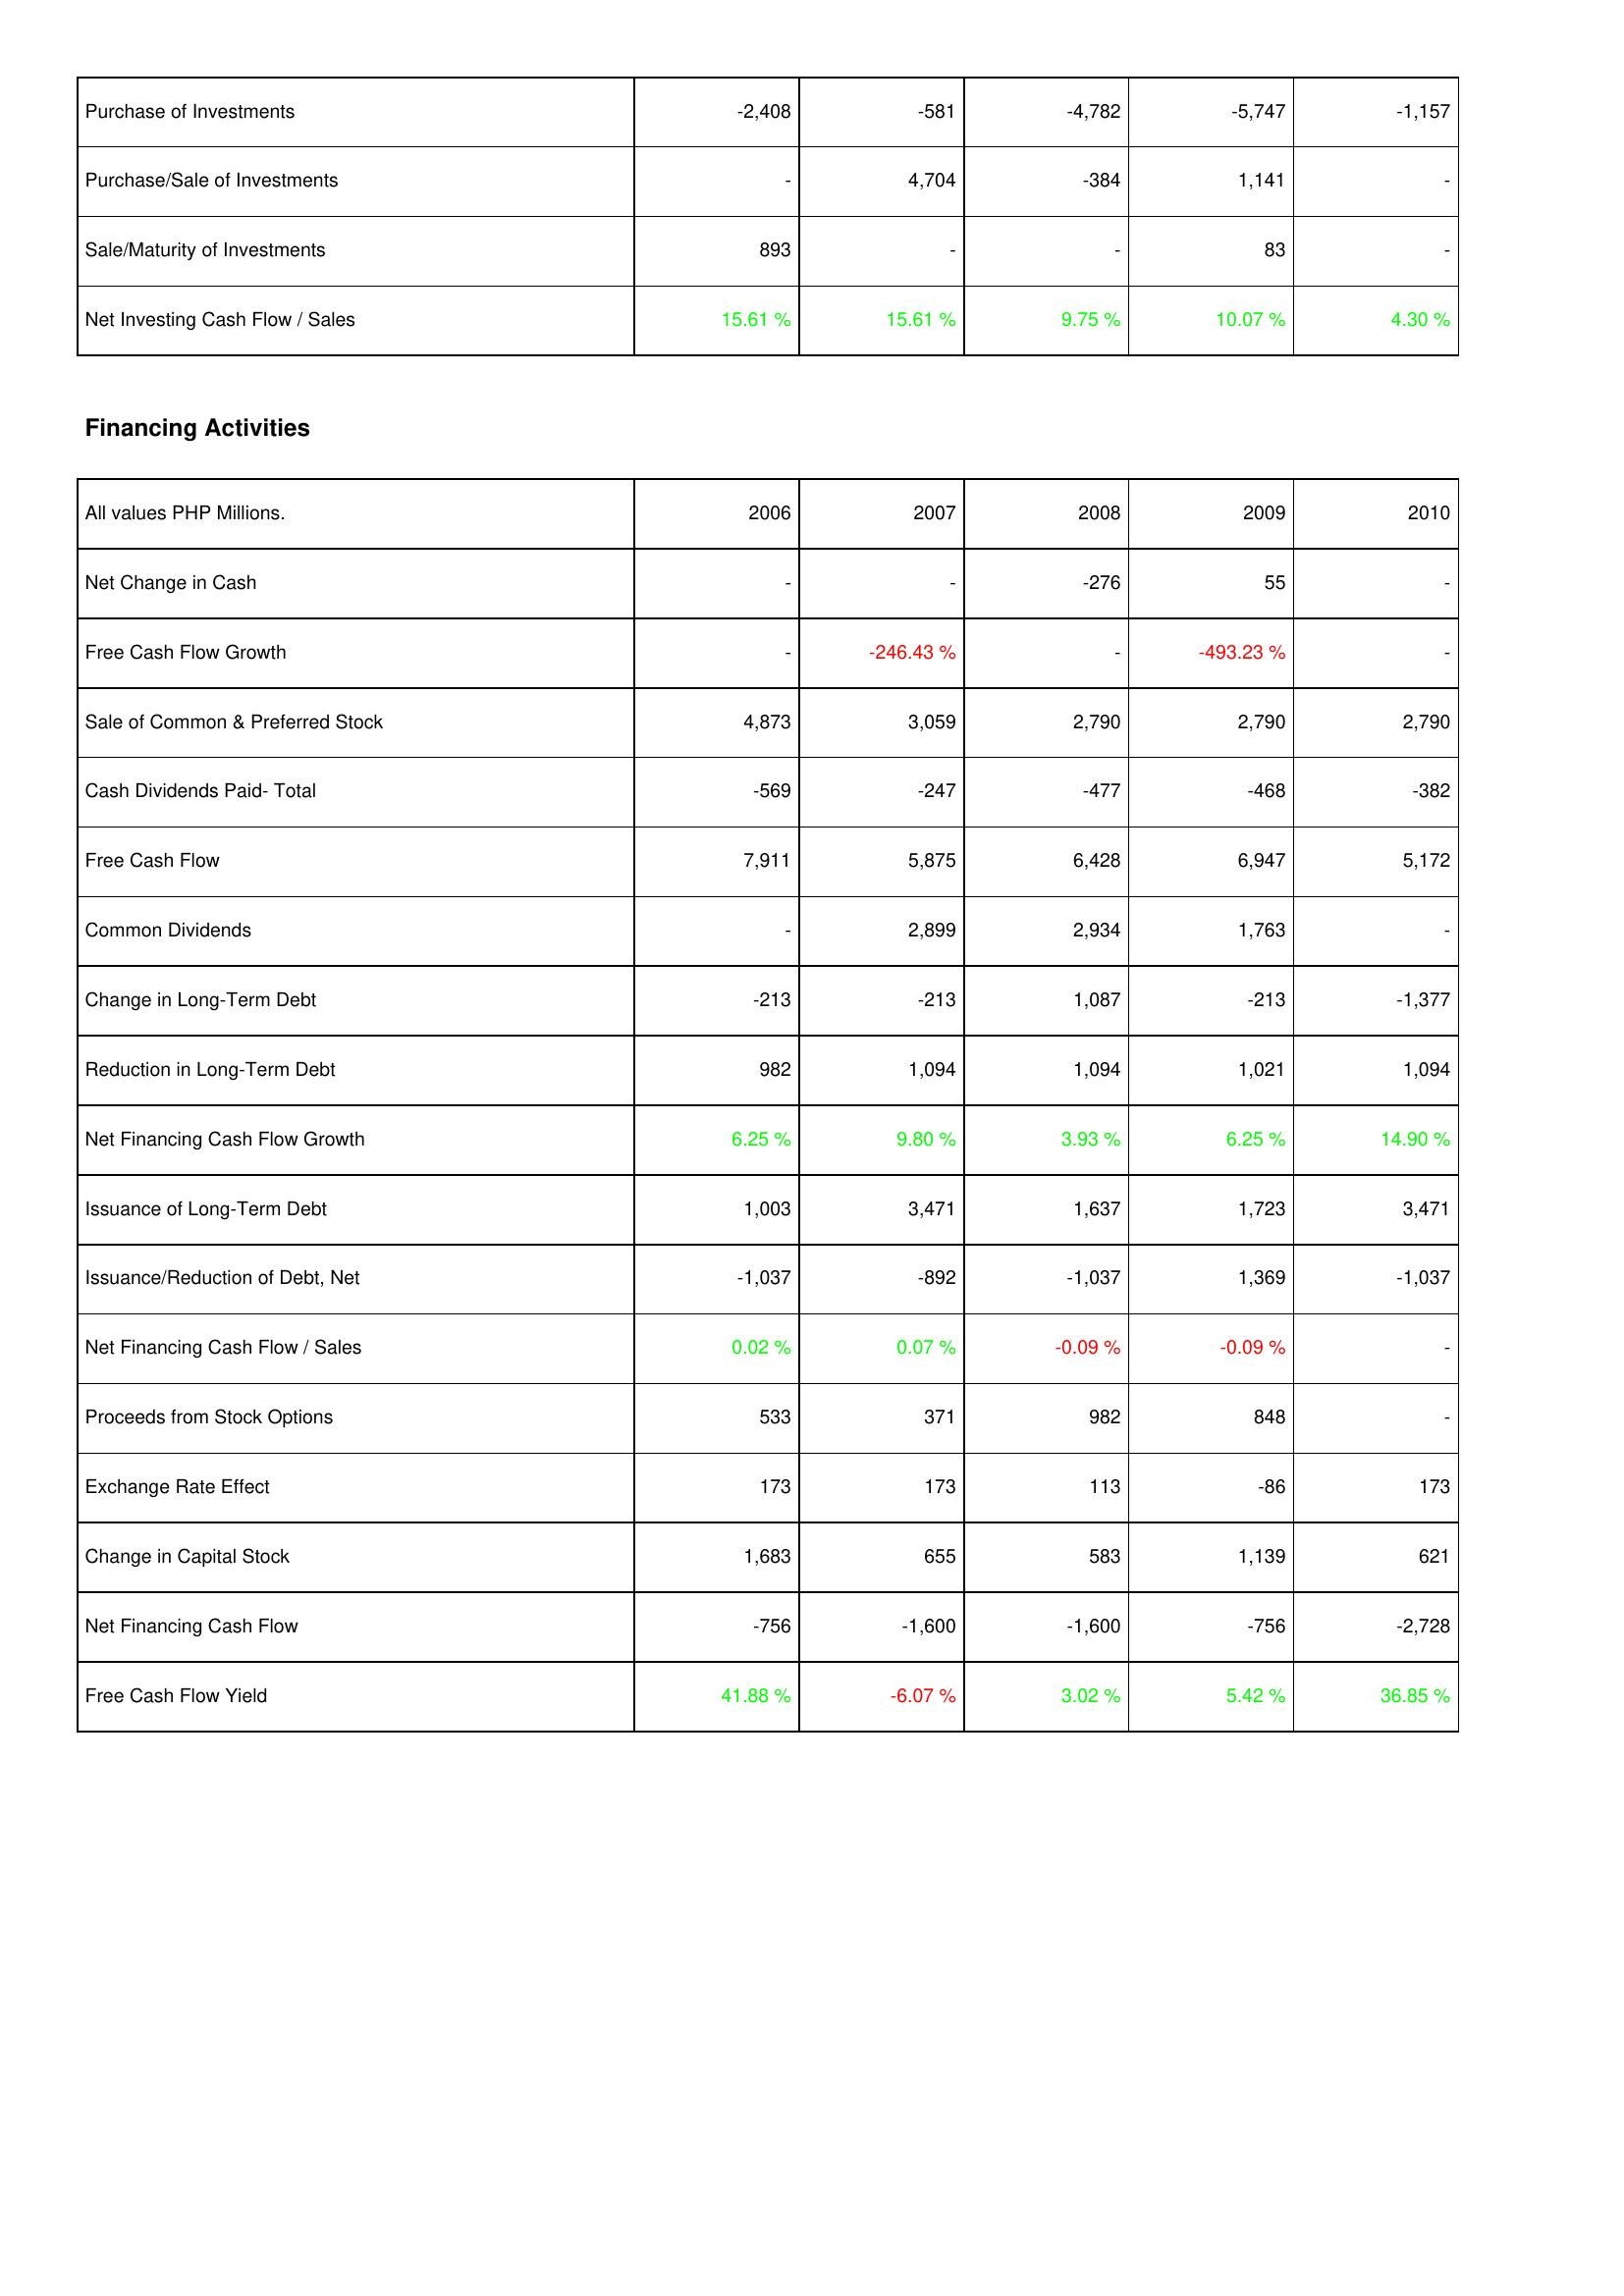
2006: Investing Activities: Purchase of Investments: -2,408
Purchase/Sale of Investments: -
Sale/Maturity of Investments: 893
Net Investing Cash Flow / Sales: 15.61 %
Financing Activities: Net Change in Cash: -
Free Cash Flow Growth: -
Sale of Common & Preferred Stock: 4,873
Cash Dividends Paid- Total: -569
Free Cash Flow: 7,911
Common Dividends: -
Change in Long-Term Debt: -213
Reduction in Long-Term Debt: 982
Net Financing Cash Flow Growth: 6.25 %
Issuance of Long-Term Debt: 1,003
Issuance/Reduction of Debt, Net: -1,037
Net Financing Cash Flow / Sales: 0.02 %
Proceeds from Stock Options: 533
Exchange Rate Effect: 173
Change in Capital Stock: 1,683
Net Financing Cash Flow: -756
Free Cash Flow Yield: 41.88 %
2007: Investing Activities: Purchase of Investments: -581
Purchase/Sale of Investments: 4,704
Sale/Maturity of Investments: -
Net Investing Cash Flow / Sales: 15.61 %
Financing Activities: Net Change in Cash: -
Free Cash Flow Growth: -246.43 %
Sale of Common & Preferred Stock: 3,059
Cash Dividends Paid- Total: -247
Free Cash Flow: 5,875
Common Dividends: 2,899
Change in Long-Term Debt: -213
Reduction in Long-Term Debt: 1,094
Net Financing Cash Flow Growth: 9.80 %
Issuance of Long-Term Debt: 3,471
Issuance/Reduction of Debt, Net: -892
Net Financing Cash Flow / Sales: 0.07 %
Proceeds from Stock Options: 371
Exchange Rate Effect: 173
Change in Capital Stock: 655
Net Financing Cash Flow: -1,600
Free Cash Flow Yield: -6.07 %
2008: Investing Activities: Purchase of Investments: -4,782
Purchase/Sale of Investments: -384
Sale/Maturity of Investments: -
Net Investing Cash Flow / Sales: 9.75 %
Financing Activities: Net Change in Cash: -276
Free Cash Flow Growth: -
Sale of Common & Preferred Stock: 2,790
Cash Dividends Paid- Total: -477
Free Cash Flow: 6,428
Common Dividends: 2,934
Change in Long-Term Debt: 1,087
Reduction in Long-Term Debt: 1,094
Net Financing Cash Flow Growth: 3.93 %
Issuance of Long-Term Debt: 1,637
Issuance/Reduction of Debt, Net: -1,037
Net Financing Cash Flow / Sales: -0.09 %
Proceeds from Stock Options: 982
Exchange Rate Effect: 113
Change in Capital Stock: 583
Net Financing Cash Flow: -1,600
Free Cash Flow Yield: 3.02 %
2009: Investing Activities: Purchase of Investments: -5,747
Purchase/Sale of Investments: 1,141
Sale/Maturity of Investments: 83
Net Investing Cash Flow / Sales: 10.07 %
Financing Activities: Net Change in Cash: 55
Free Cash Flow Growth: -493.23 %
Sale of Common & Preferred Stock: 2,790
Cash Dividends Paid- Total: -468
Free Cash Flow: 6,947
Common Dividends: 1,763
Change in Long-Term Debt: -213
Reduction in Long-Term Debt: 1,021
Net Financing Cash Flow Growth: 6.25 %
Issuance of Long-Term Debt: 1,723
Issuance/Reduction of Debt, Net: 1,369
Net Financing Cash Flow / Sales: -0.09 %
Proceeds from Stock Options: 848
Exchange Rate Effect: -86
Change in Capital Stock: 1,139
Net Financing Cash Flow: -756
Free Cash Flow Yield: 5.42 %
2010: Investing Activities: Purchase of Investments: -1,157
Purchase/Sale of Investments: -
Sale/Maturity of Investments: -
Net Investing Cash Flow / Sales: 4.30 %
Financing Activities: Net Change in Cash: -
Free Cash Flow Growth: -
Sale of Common & Preferred Stock: 2,790
Cash Dividends Paid- Total: -382
Free Cash Flow: 5,172
Common Dividends: -
Change in Long-Term Debt: -1,377
Reduction in Long-Term Debt: 1,094
Net Financing Cash Flow Growth: 14.90 %
Issuance of Long-Term Debt: 3,471
Issuance/Reduction of Debt, Net: -1,037
Net Financing Cash Flow / Sales: -
Proceeds from Stock Options: -
Exchange Rate Effect: 173
Change in Capital Stock: 621
Net Financing Cash Flow: -2,728
Free Cash Flow Yield: 36.85 %